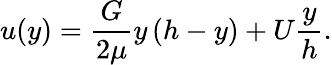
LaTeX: u(y)={\frac{G}{2\mu}}y\, (h-y)+U{\frac{y}{h}}.